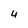
Character: 4